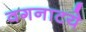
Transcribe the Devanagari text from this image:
वगनाटये